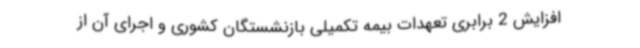
افزایش 2 برابری تعهدات بیمه تکمیلی بازنشستگان کشوری و اجرای آن از